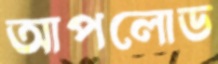
আপলোড